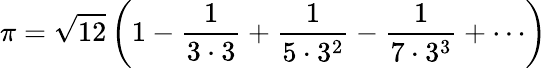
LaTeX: \pi={\sqrt{12}}\left(1-{\frac{1}{3\cdot 3}}+{\frac{1}{5\cdot 3^{2}}}-{\frac{1}{7\cdot 3^{3}}}+\cdots\right)